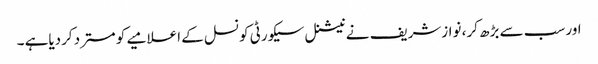
اور سب سے بڑھ کر، نوازشریف نے نیشنل سیکورٹی کونسل کے اعلامیے کو مسترد کردیاہے ۔